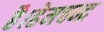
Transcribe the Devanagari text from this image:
है।हेमचन्द्र